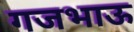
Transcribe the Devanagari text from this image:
गजभाऊ